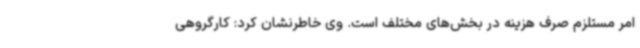
امر مستلزم صرف هزینه در بخش‌های مختلف است. وی خاطرنشان کرد: کارگروهی